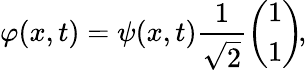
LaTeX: \varphi({x},t)=\psi({x},t)\frac{1}{\sqrt{2}}\left(\begin{array}{c}{1}\\ {1}\end{array}\right)\! ,